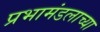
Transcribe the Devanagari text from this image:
प्रभामंडलाच्या